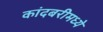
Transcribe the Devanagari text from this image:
कांदबरीमध्ये